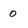
Character: 0